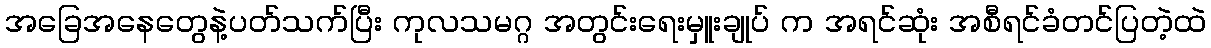
အခြေအနေတွေနဲ့ပတ်သက်ပြီး ကုလသမဂ္ဂ အတွင်းရေးမှူးချုပ် က အရင်ဆုံး အစီရင်ခံတင်ပြတဲ့ထဲ